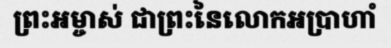
ព្រះអម្ចាស់ ជាព្រះនៃលោកអប្រាហាំ